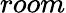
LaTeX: room